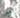
نعم